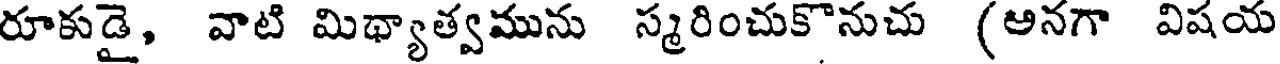
రూకుడై, వాటి మిథ్యాత్వమును స్మరించుకొనుచు (అనగా విషయ